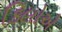
કિલોએ